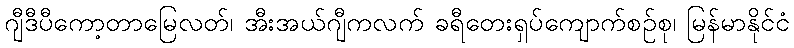
ဂျီဒီပီကော့တာမြေလတ်၊ အီးအယ်ဂျီကလက် ခရီတေးရှပ်ကျောက်စဉ်စု၊ မြန်မာနိုင်ငံ